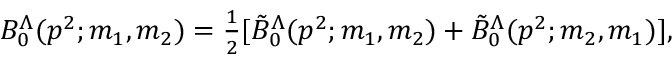
\begin{array} { r } { B _ { 0 } ^ { \Lambda } ( p ^ { 2 } ; m _ { 1 } , m _ { 2 } ) = \frac { 1 } { 2 } [ \tilde { B } _ { 0 } ^ { \Lambda } ( p ^ { 2 } ; m _ { 1 } , m _ { 2 } ) + \tilde { B } _ { 0 } ^ { \Lambda } ( p ^ { 2 } ; m _ { 2 } , m _ { 1 } ) ] , } \end{array}